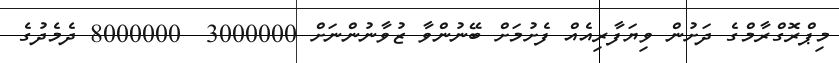
މިޕްރޮގްރާމްގެ ދަށުން ވިޔަފާރިއެއް ފެށުމަށް ބޭނުންވާ ޒުވާނުންނަށް 3000000  8000000 ދެމެދުގެ